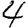
Digit: 4